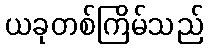
ယခုတစ်ကြိမ်သည်